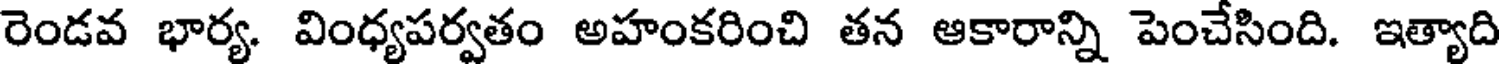
రెండవ భార్య. వింధ్యపర్వతం అహంకరించి తన ఆకారాన్ని పెంచేసింది. ఇత్యాది